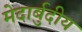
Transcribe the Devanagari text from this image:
मेदार्बुदीय